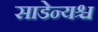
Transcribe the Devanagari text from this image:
साडेन्यश्च